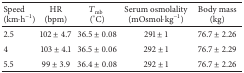
| Speed (km·h−1) | HR(bpm) | Tmb (°C) | Serum osmolality(mOsmol·kg−1) | Body mass (kg) |
 | --- | --- | --- | --- | --- |
 | 2.5 | 102 ± 4.7 | 36.5 ± 0.08 | 291 ± 1 | 76.7 ± 2.26 |
 | 4 | 103 ± 4.1 | 36.5 ± 0.06 | 292 ± 1 | 76.7 ± 2.29 |
 | 5.5 | 99 ± 3.9 | 36.4 ± 0.08 | 292 ± 1 | 76.7 ± 2.26 |